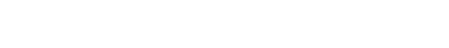
သို့။ ဒွီသု၊ ကုန်သော။ ဣမာသု ဘူမီသု၊ တို့၌။ ပဘေဒံ၊ ပြားခြင်းသို့။ ဝါ၊